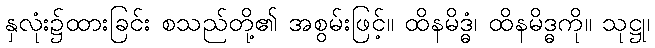
နှလုံး၌ထားခြင်း စသည်တို့၏ အစွမ်းဖြင့်။ ထိနမိဒ္ဓံ၊ ထိနမိဒ္ဓကို။ သုဋ္ဌု၊